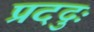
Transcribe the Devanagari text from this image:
प्रददुः